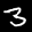
Label: 3